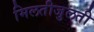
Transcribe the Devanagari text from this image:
मिलतीजुलती